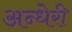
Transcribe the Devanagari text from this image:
अन्धेरी